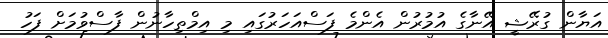
އަޔާން ގުރޭޝީ އޭނާގެ އުމުރުން އެންމެ ފަސްއަހަރުގައި މި އިމްތިހާނުން ފާސްވުމަށް ފަހު